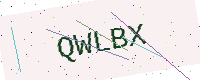
Text: QWLBX